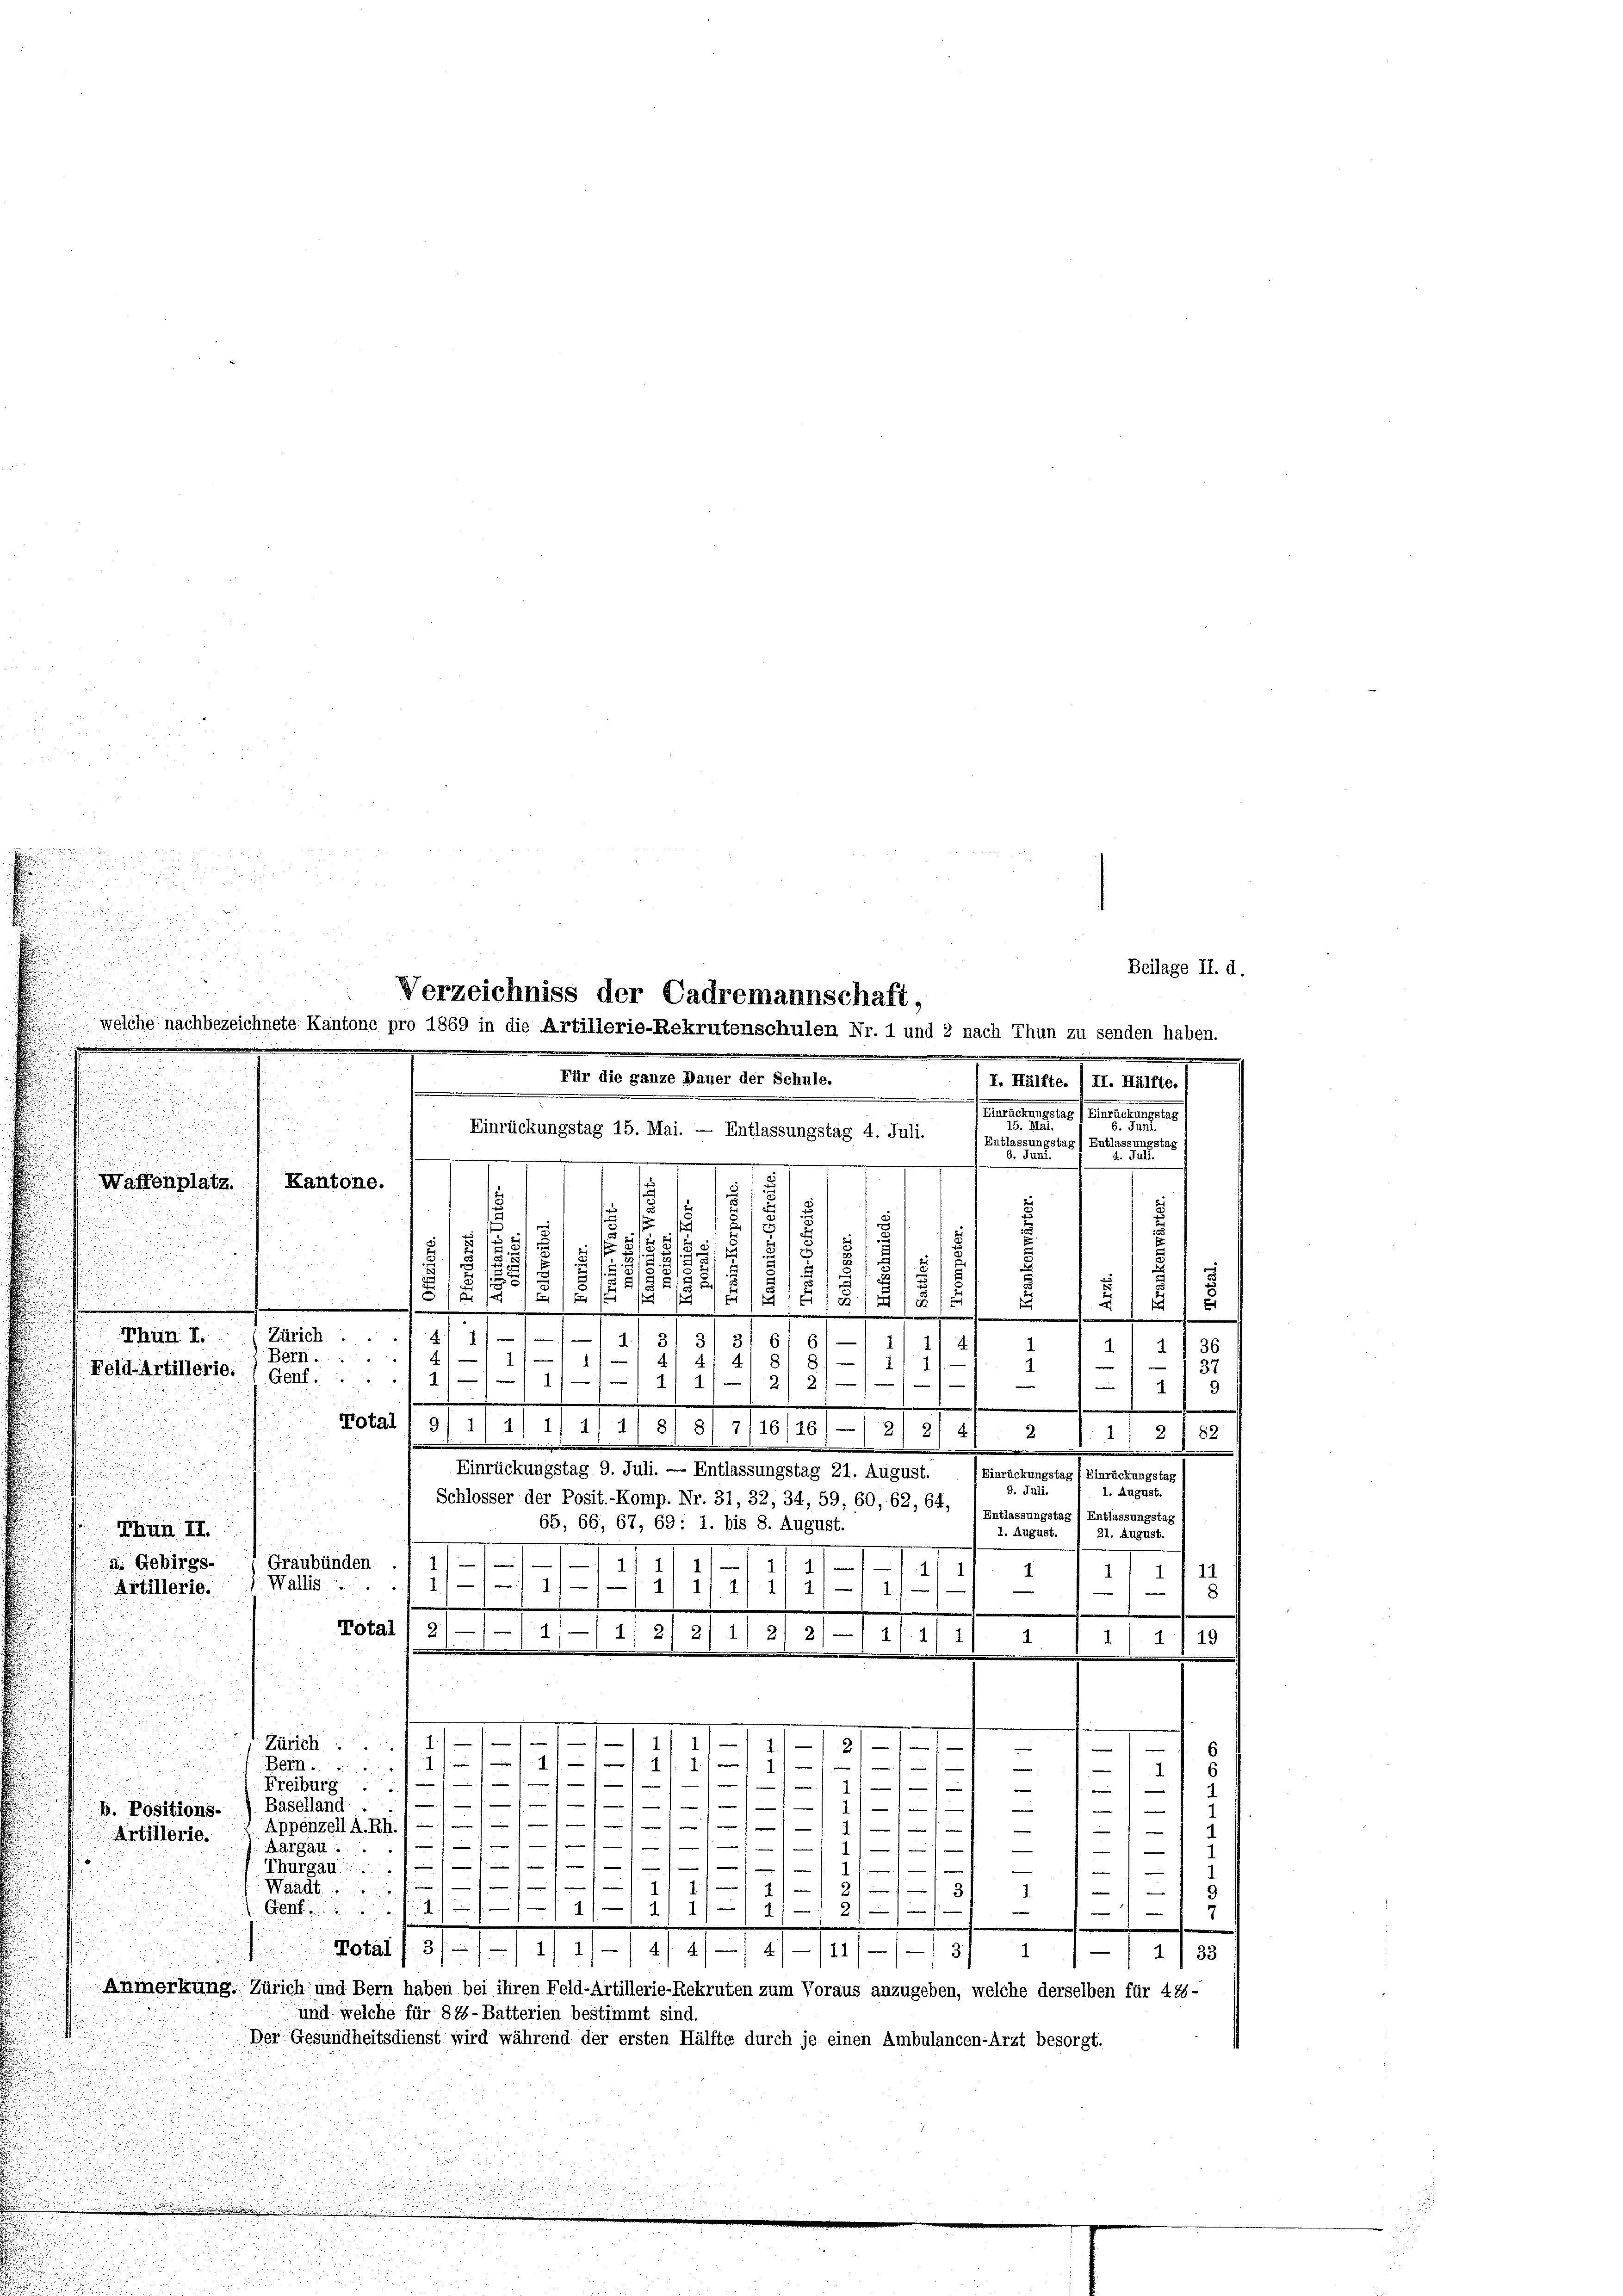
e
37
.
Fotal I 9/ 1/4 1/ 1/ 1/8
.
.
u
1
Graubünden.
4
Wallis
h
.
Rata f 21/2/14/2/ 2/ 11 2/2/12 f 21 2
. . . . . . . . . . . . . .
Bern........ 171 f. g

Freiburg ..

b. Positions.) Baselland.
in, eines einer mens wenn mir wenn
Appenzell A.Rh.1 — 1
Artillerie.

Aargau: 1.
Thurgau 1 1/
17 f
Waadt
Gen.42
1/1 11
Anmerkung: Zürich und Bern haben bei ihren Feld-Artillerie-Rekruten zum Voraus anzugeben, welche derselben für 44-
und welche für 84-Batterien bestimmt sind
Der Gesundheitsdienst wird während der ersten Hälfte durch je einen Ambulancen-Arzt besorgt.
e

n
.
e
.
.
Kantone.
Waffenplatz.
u

2
1
1
2
2
2
.
1
E
/14
t
2
e
f
15
e
¬
e
eine
Zürich . . 411///
Thun I.
3)
 111 4
4.)
Bern.
4
17
1
81
2
Feld-Artillerie.
12
Genf.  ..
2/ 1
21 21
—

Thun II.
d. Gebirgs-
Artillerie.

Beilage II. d.
Verzeichniss der Cadremannschaft,
welche nachbezeichnete Kantone pro 1869 in die Artillerie-Rekrutenschulen Nr. 1 und 2 nach Thun zu senden haben.
e
Für die ganze Dauer der Schule.
I. Hälfte. / II. Hälfte. 1
.
m

eeren eine einer Gemeiner s

gstag) Entlassungsta
tag
1 Entlassung
2.
6. da
8
g
2
18
2
1
s
e
a
36

Einrückungstag 15. Mai. — Entlassungstag 4. Juli.

d
|
1719

o
.
8/7/16/161—12)
214) 2
1 1/2 f 82
Einrückungstag 9. Juli. — Entlassungstag 21. August. (Einrückungstag 1 Einrückungstag
d. Fall 2. August.
Schlosser der Posit.-Komp. Nr. 31, 32, 34, 59, 60, 62, 64, (Entlassungstag 1 Entlassungstag
65, 66, 67, 69: 1. bis 8. August.
1. August. 21. August.
17.
11 11
11
e
11
2
 4, 112 f. 112.

1
1/4/19
e
m
11 - 18
1
1.)
s
1)
)

1
¬
1
1

1

1 f 0 x
e
1
x
f
¬
3
.

e

3/
s

m
w
i
—
.
.
.

.
Motal f. 31771/4/4/4/4/181/// 3/4 1/2 / 33